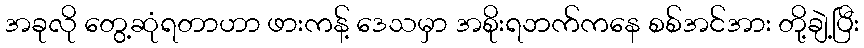
အခုလို တွေ့ဆုံရတာဟာ ဖားကန့် ဒေသမှာ အစိုးရဘက်ကနေ စစ်အင်အား တို့ချဲ့ပြီး